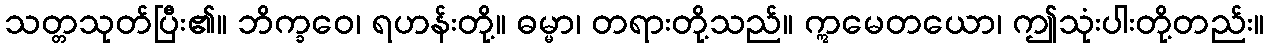
သတ္တသုတ်ပြီး၏။ ဘိက္ခဝေ၊ ရဟန်းတို့။ ဓမ္မာ၊ တရားတို့သည်။ ဣမေတယော၊ ဤသုံးပါးတို့တည်း။